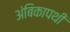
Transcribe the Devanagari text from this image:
अंबिकापथी